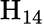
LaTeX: \mathrm{H}_{14}